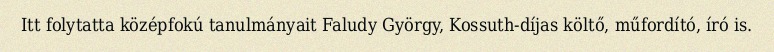
Itt folytatta középfokú tanulmányait Faludy György, Kossuth-díjas költő, műfordító, író is.